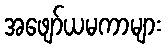
အဖျော်ယမကာများ